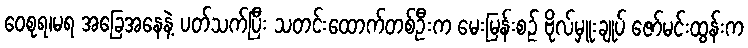
ဝေစုရ၊မရ အခြေအနေနဲ့ ပတ်သက်ပြီး သတင်းထောက်တစ်ဦးက မေးမြန်းစဉ် ဗိုလ်မှူးချုပ် ဇော်မင်းထွန်းက